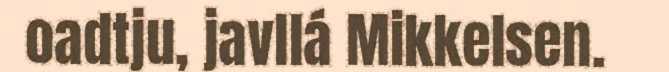
oadtju, javllá Mikkelsen.